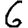
Digit: 6